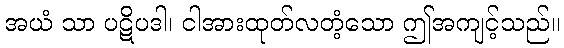
အယံ သာ ပဋိပဒါ၊ ငါအားထုတ်လတံ့သော ဤအကျင့်သည်။